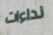
نداءات